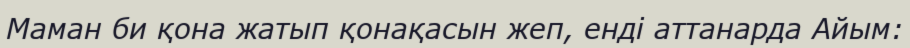
Маман би қона жатып қонақасын жеп, енді аттанарда Айым: